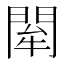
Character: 𨴍